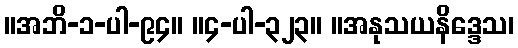
။အဘိ-၁-ပါ-၉၄။ ။၄-ပါ-၃၂၃။ ။အနုသယနိဒ္ဒေသ၊